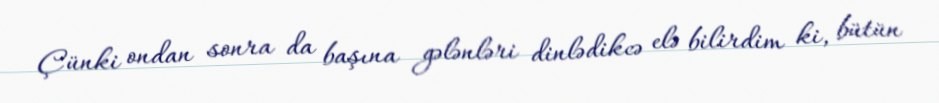
Çünki ondan sonra da başına gələnləri dinlədikcə elə bilirdim ki, bütün